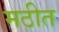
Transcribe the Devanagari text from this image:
मठीत